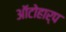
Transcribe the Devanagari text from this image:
ऑटोहार्प